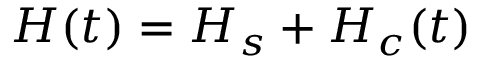
H ( t ) = H _ { s } + H _ { c } ( t )